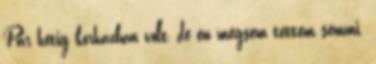
Pár hétig kórházban volt, de én mégsem tettem semmi.